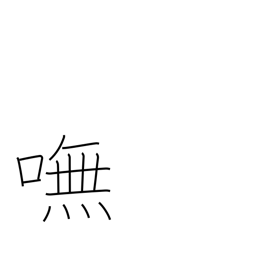
Meaning: indeed